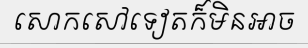
សោកសៅទៀតក៏មិនអាច